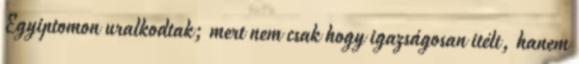
Egyiptomon uralkodtak; mert nem csak hogy igazságosan itélt, hanem